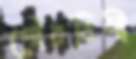
গৌরবিণী